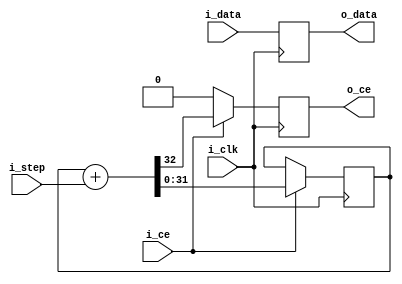
module	simpleinterp #(
		// {{{
		parameter	INW   = 28,	// Input width
				CTRBITS = 32	// Bits in our counter
		// }}}
	) (
		// {{{
		input	wire			i_clk,
		input	wire			i_ce,
		input	wire	[(CTRBITS-1):0]	i_step,
		input	wire	[(INW-1):0]	i_data,
		output	reg			o_ce,
		output	wire	[(INW-1):0]	o_data
		// }}}
	);

	reg	[(CTRBITS-1):0]	r_counter;

	always @(posedge i_clk)
	if (i_ce)
		{ o_ce, r_counter } <= r_counter + i_step;
	else
		o_ce <= 1'b0;

	always @(posedge i_clk)
		o_data <= i_data;

endmodule